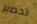
تحضير